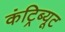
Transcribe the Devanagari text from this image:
कंट्रिब्यूट